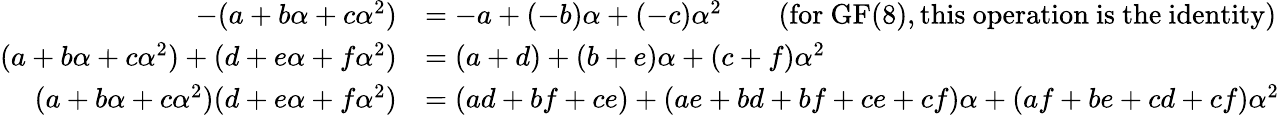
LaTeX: {\begin{array}{rl}{-(a+b\alpha+c\alpha^{2})}&{=-a+(-b)\alpha+(-c)\alpha^{2}\qquad{\mathrm{(for~}}\mathrm{GF}(8),{\mathrm{this~operation~is~the~identity)}}}\\ {(a+b\alpha+c\alpha^{2})+(d+e\alpha+f\alpha^{2})}&{=(a+d)+(b+e)\alpha+(c+f)\alpha^{2}}\\ {(a+b\alpha+c\alpha^{2})(d+e\alpha+f\alpha^{2})}&{=(ad+bf+ce)+(ae+bd+bf+ce+cf)\alpha+(af+be+cd+cf)\alpha^{2}}\end{array}}